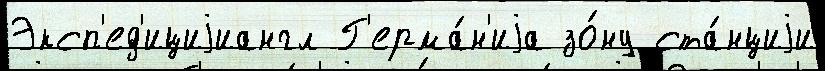
Эксп'ед'ициjиангл Г'ерма́н'иjа зо́ну ста́нциjи